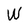
Character: W